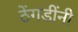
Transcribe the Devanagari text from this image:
ठेंगडींनी